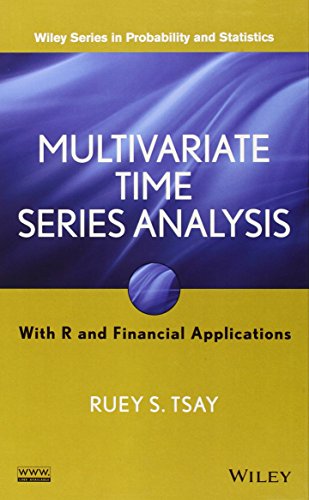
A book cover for Multivariate Time Series Analysis: With R and Financial Applications; Ruey S. Tsay; Business & Money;